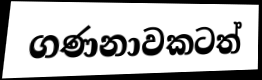
ගණනාවකටත්